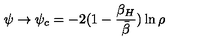
\psi \rightarrow \psi _ { c } = - 2 ( 1 - { \frac { \beta _ { H } } { \bar { \beta } } } ) \ln \rho